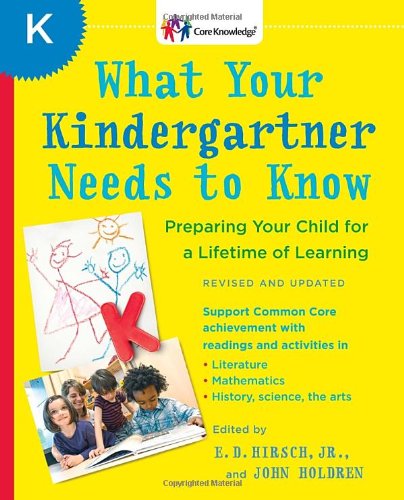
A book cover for What Your Kindergartner Needs to Know (Revised and updated): Preparing Your Child for a Lifetime of Learning (Core Knowledge Series); E.D. Hirsch Jr.; Education & Teaching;